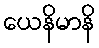
ယေနိမာနိ